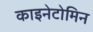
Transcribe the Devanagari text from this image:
काइनेटोमिन